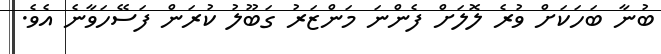
ބުނާ ބަހަކަށް ވުރެ ލޮލަށް ފެންނަ މަންޒަރު ގަބޫލު ކުރަން ފަސޭހަވާނެ އެވެ.